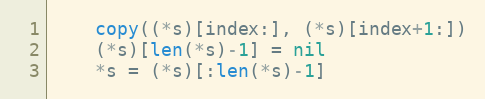
Language: Go
	copy((*s)[index:], (*s)[index+1:])
	(*s)[len(*s)-1] = nil
	*s = (*s)[:len(*s)-1]